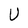
Character: U